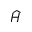
\widehat { H }